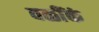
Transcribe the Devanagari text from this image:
वळींकं